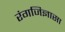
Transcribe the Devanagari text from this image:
रंगजिज्ञासा